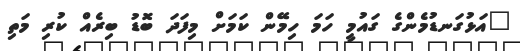
"އަޅުގަނޑުމެންގެ ގައުމީ ހަމަ ހިމޭން ކަމަށް މިފަދަ ބޮޑު ބިރެއް ކުރި މަތި